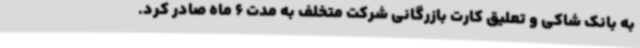
به بانک شاکی و تعلیق کارت بازرگانی شرکت متخلف به مدت 6 ماه صادر کرد.